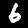
Label: 6